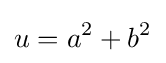
u=a^{2}+b^{2}